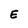
Character: E